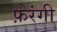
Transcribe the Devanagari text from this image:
फ़ेरंगी